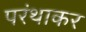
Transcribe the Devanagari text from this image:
परंथाकर